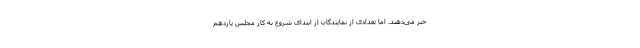
خبر می‌دهند. اما تعدادی از نمایندگان از ابتدای شروع به کار مجلس یازدهم